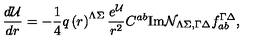
{ \frac { d { \cal U } } { d r } } = - { \frac { 1 } { 4 } } q \left( r \right) ^ { \Lambda \Sigma } { \frac { e ^ { \cal U } } { r ^ { 2 } } } C ^ { a b } \mathrm { I m } { \cal N } _ { \Lambda \Sigma , \Gamma \Delta } f _ { a b } ^ { \Gamma \Delta } ,